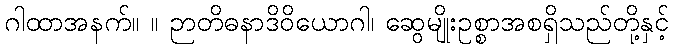
ဂါထာအနက်။ ။ ဉာတိဓနာဒိဝိယောဂါ၊ ဆွေမျိုးဥစ္စာအစရှိသည်တို့နှင့်